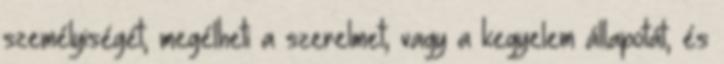
személyiségét, megélheti a szerelmet, vagy a kegyelem állapotát, és